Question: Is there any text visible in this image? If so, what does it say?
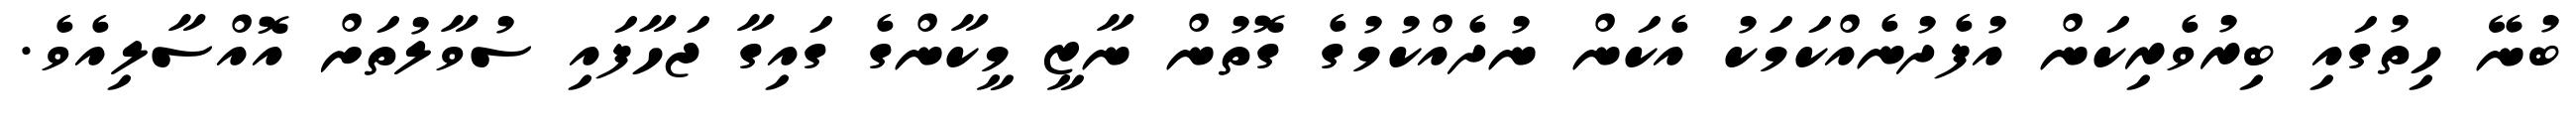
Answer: ބުނޭ ހިތުގައި ބިރުވެރިކަން އުފެދުނެއްކަމަކު އެކަން ނުދެއްކުމުގެ ގޮތުން ނާޒީ މީކާންގެ ގައިގާ ޖަހާފައި ސުވާލުތަށް އޮއްސާލިއެވެ.